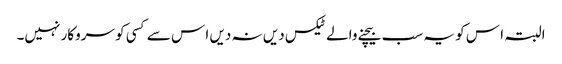
البتہ ا س کو یہ سب بیچنے والے ٹیکس دیں نہ دیں ا س سے کسی کو سروکار نہیں۔